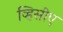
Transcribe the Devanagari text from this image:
व्हिसीए